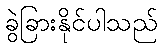
ခွဲခြားနိုင်ပါသည်